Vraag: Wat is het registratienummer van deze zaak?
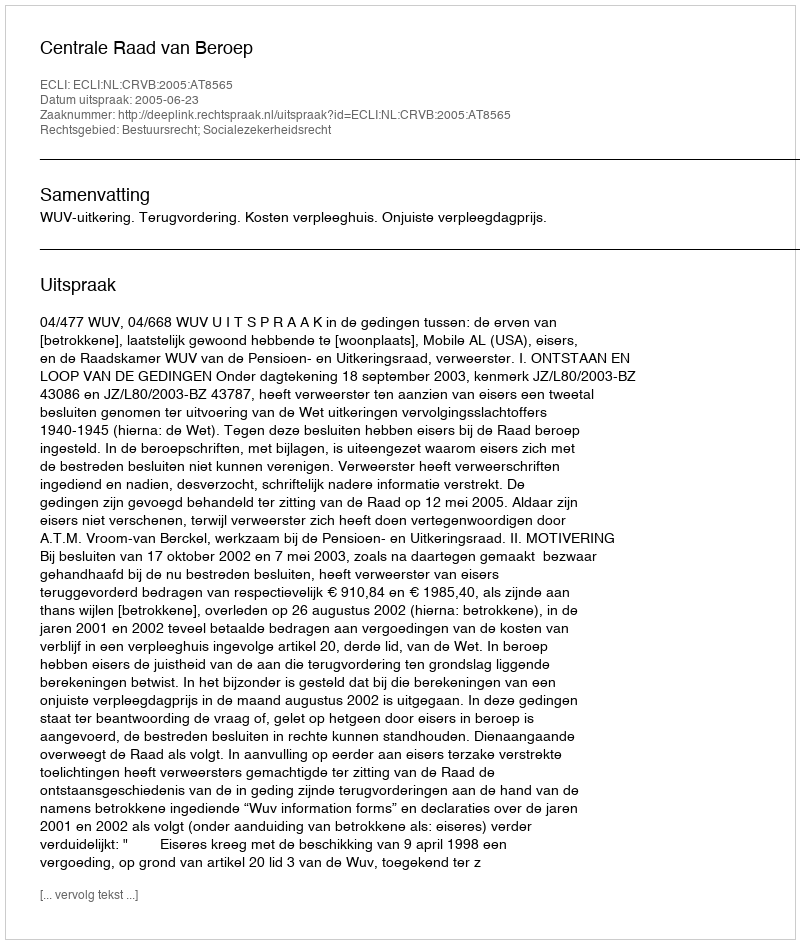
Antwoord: http://deeplink.rechtspraak.nl/uitspraak?id=ECLI:NL:CRVB:2005:AT8565